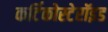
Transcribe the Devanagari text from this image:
कर्टिकोस्टेरॉइड